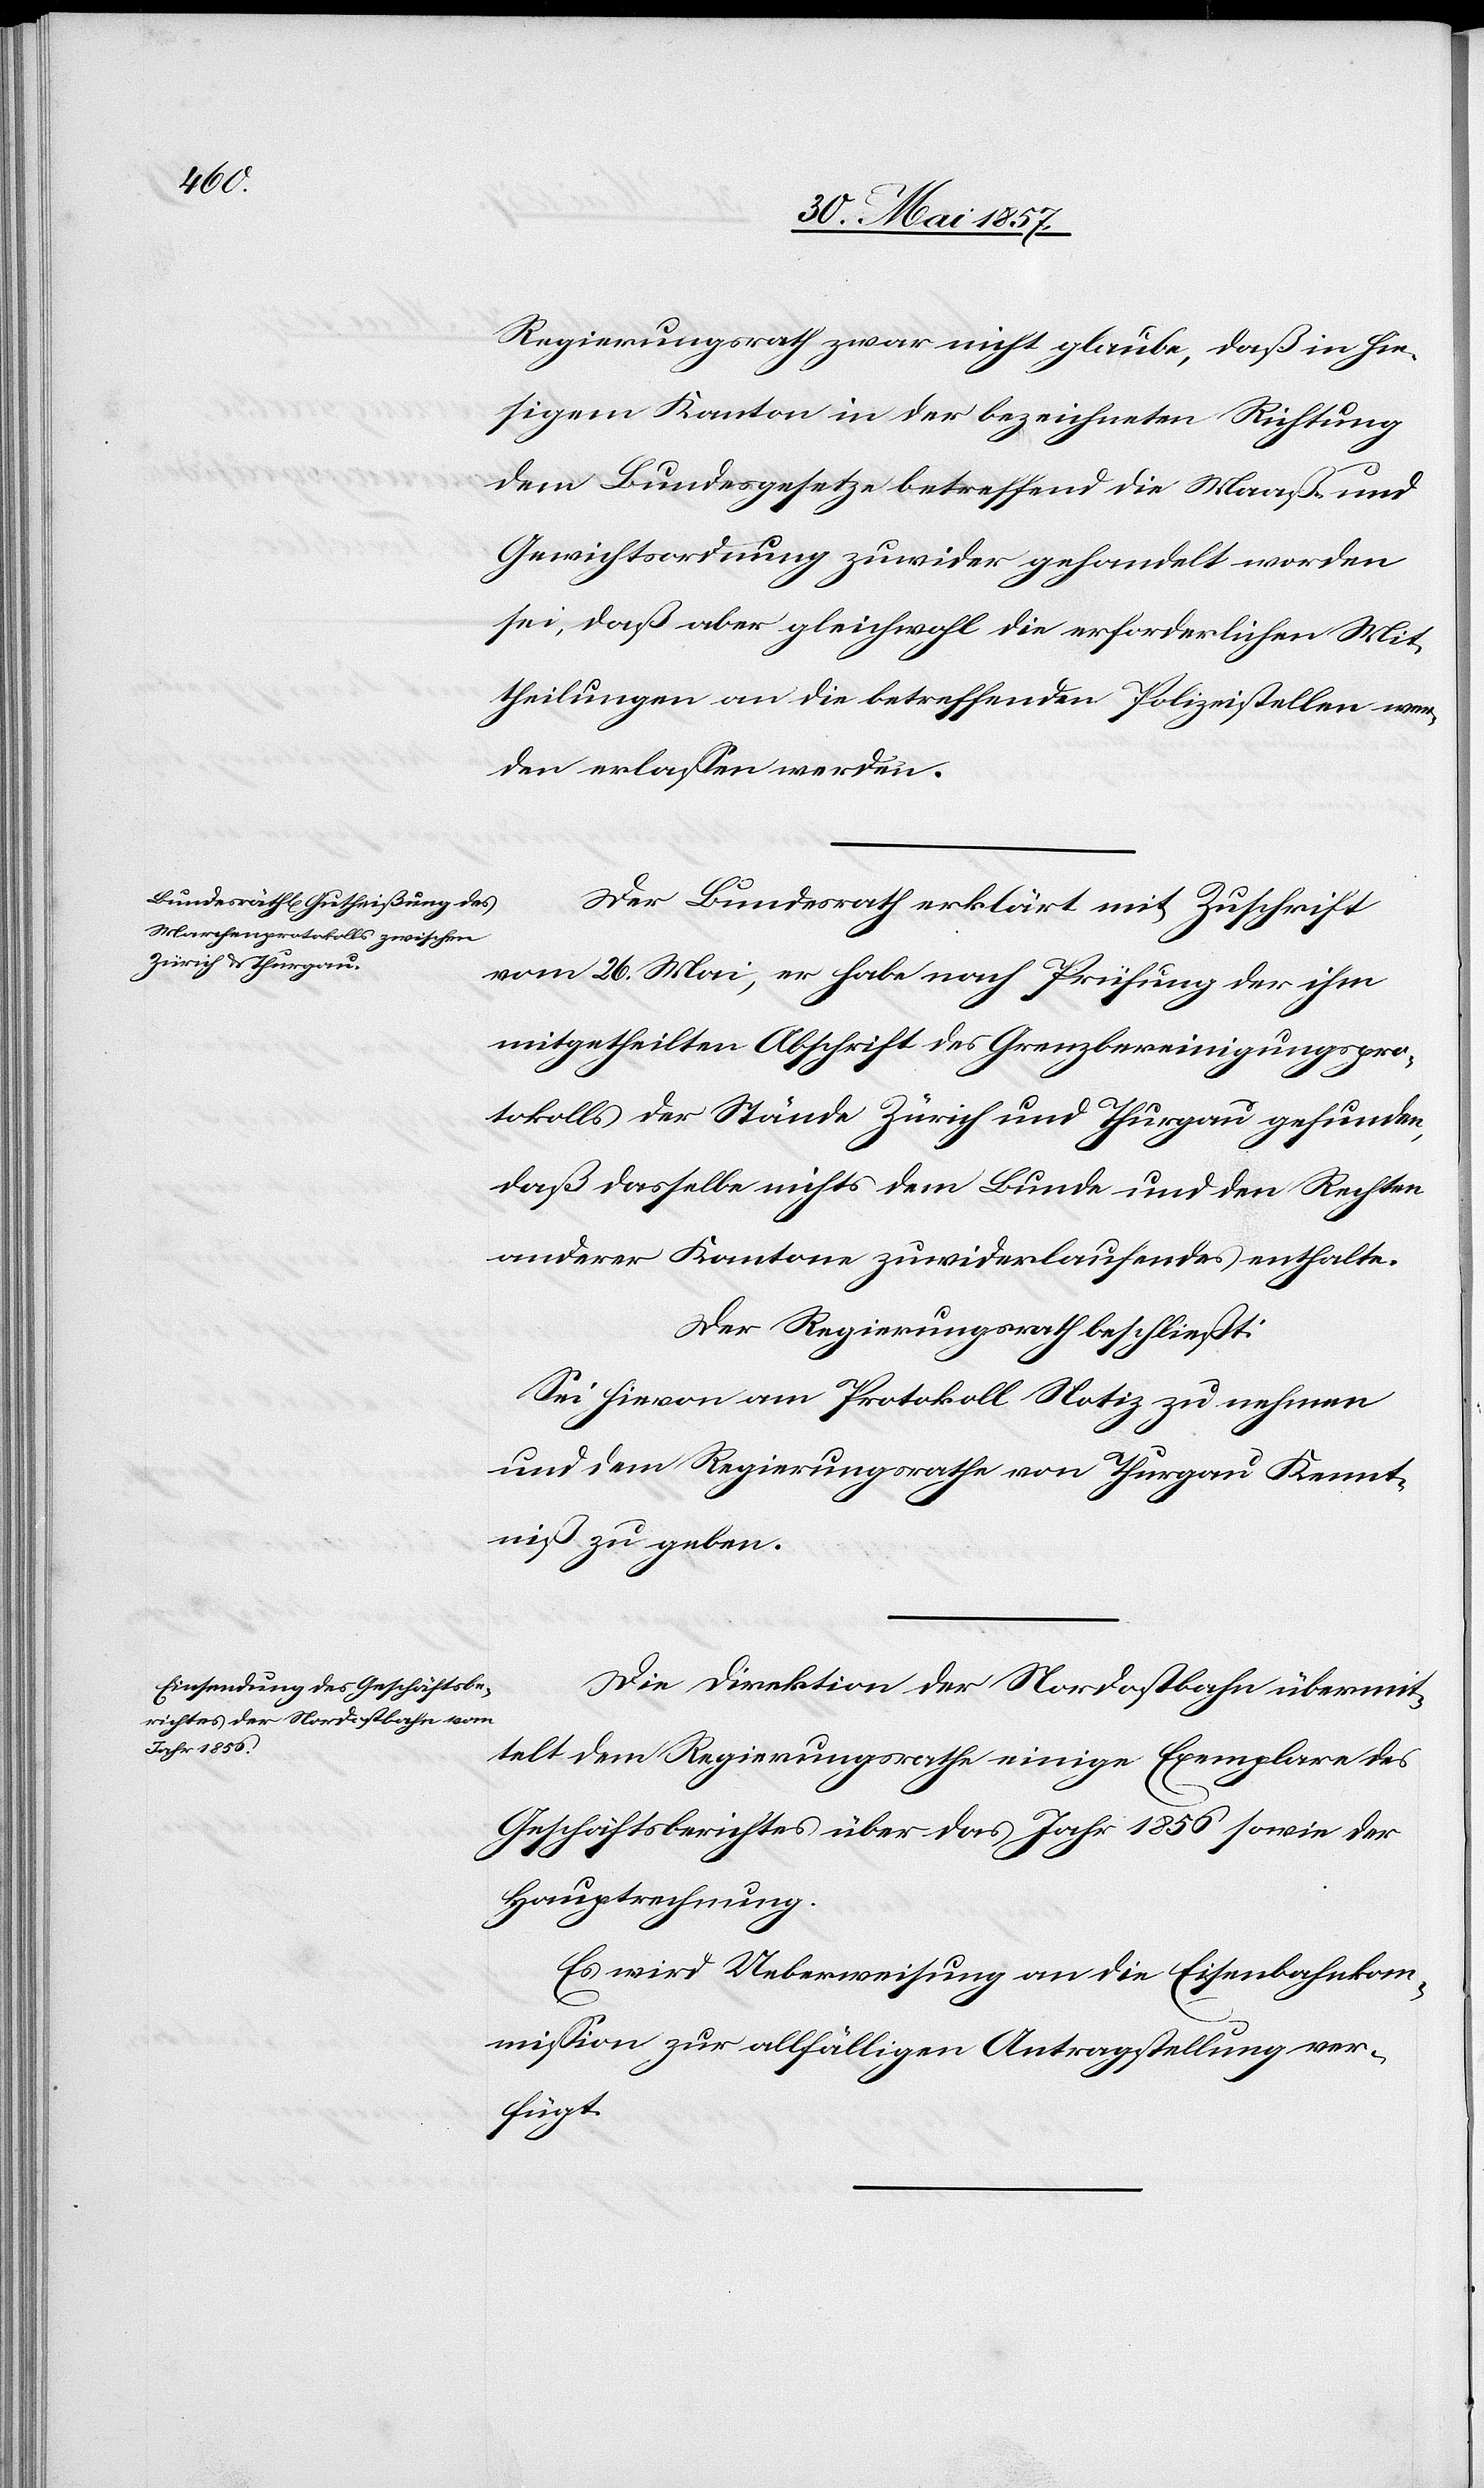
Regierungsrath zwar nicht glaube, daß in hie¬
sigem Kanton in der bezeichneten Richtung
dem Bundesgesetze betreffend die Maaß- und
Gewichtsordnung zuwider gehandelt worden
sei, daß aber gleichwohl die erforderlichen Mit¬
theilungen an die betreffenden Polizeistellen wer¬
den erlassen werden.
Der Bundesrath erklärt mit Zuschrift
vom 26 Mai, er habe nach Prüfung der ihm
mitgetheilten Abschrift des Grenzbereinigungspro¬
tokolls der Stände Zürich und Thurgau gefunden,
daß derselbe nichts dem Bunde und den Rechten
anderer Kantone zuwiderlaufendes enthalte.
Der Regierungsrath beschließt:
Sei hievon am Protokoll Notiz zu nehmen
und dem Regierungsrathe von Thurgau Kennt¬
niß zu geben.
Die Direktion der Nordostbahn übermit¬
telt dem Regierungsrathe einige Exemplare des
Geschäftsberichtes über das Jahr 1856 sowie der
Hauptrechnung.
Es wird Ueberweisung an die Eisenbahnkom¬
mission zur allfälligen Antragstellung ver¬
fügt.